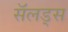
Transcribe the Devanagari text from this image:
सॅलड्स